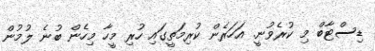
ޑިސްޓާބް މި ކުރެވުނީ. އަހަރެން ކުރިމަތީގައި ހުރި މީހާ މިހެން ބުނެ ލުމުން